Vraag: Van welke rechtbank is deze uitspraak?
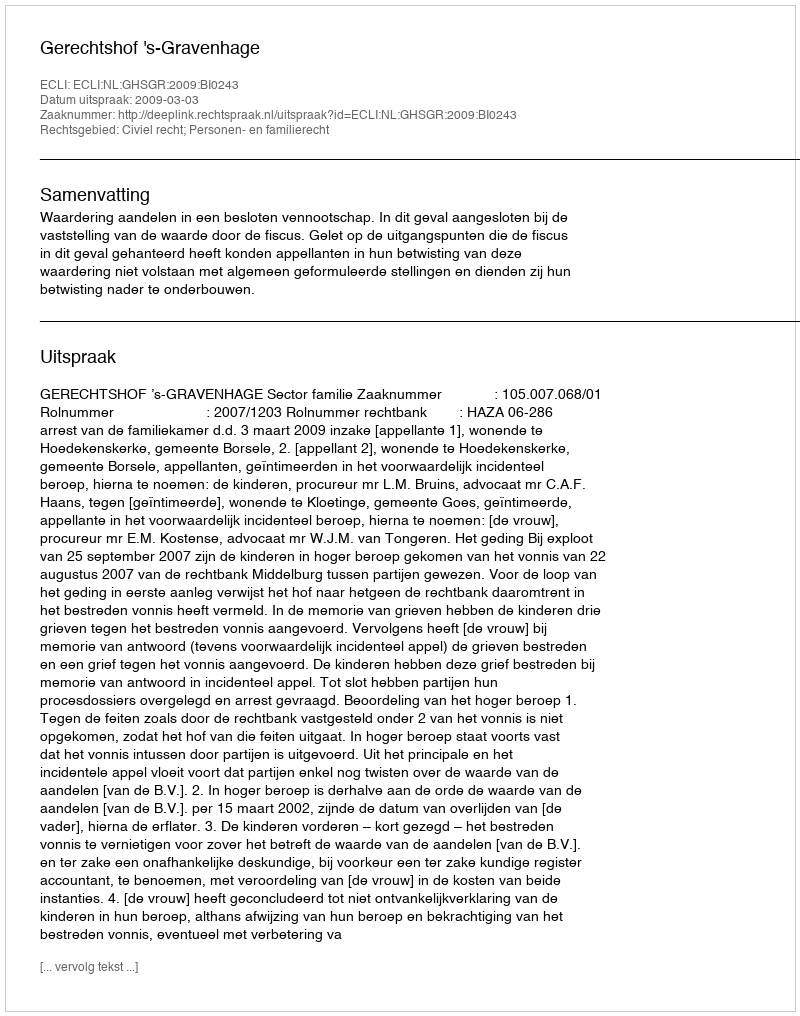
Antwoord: Gerechtshof 's-Gravenhage